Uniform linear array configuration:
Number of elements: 48
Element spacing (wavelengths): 0.75
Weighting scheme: binomial
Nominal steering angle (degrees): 45
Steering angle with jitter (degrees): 43.832
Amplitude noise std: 0.05
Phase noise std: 0.05

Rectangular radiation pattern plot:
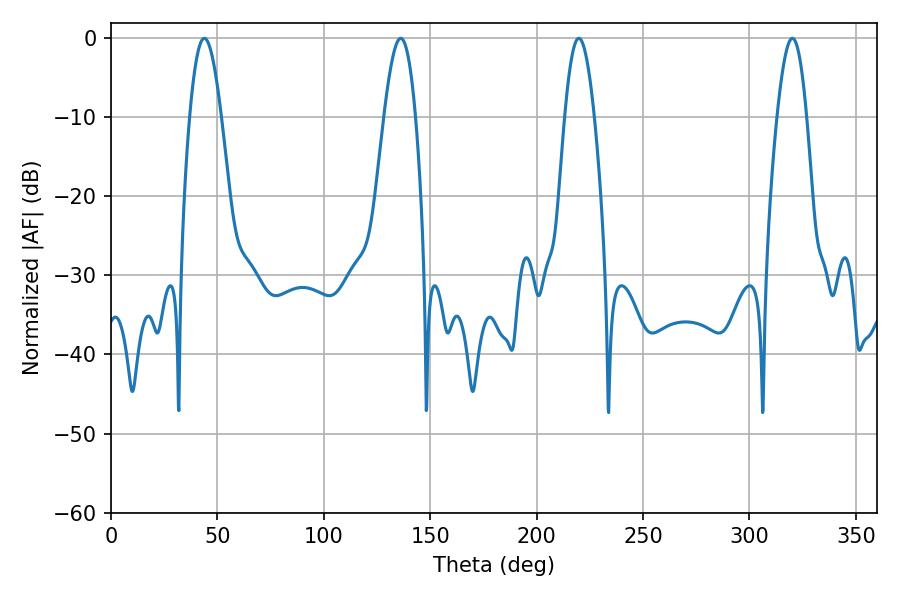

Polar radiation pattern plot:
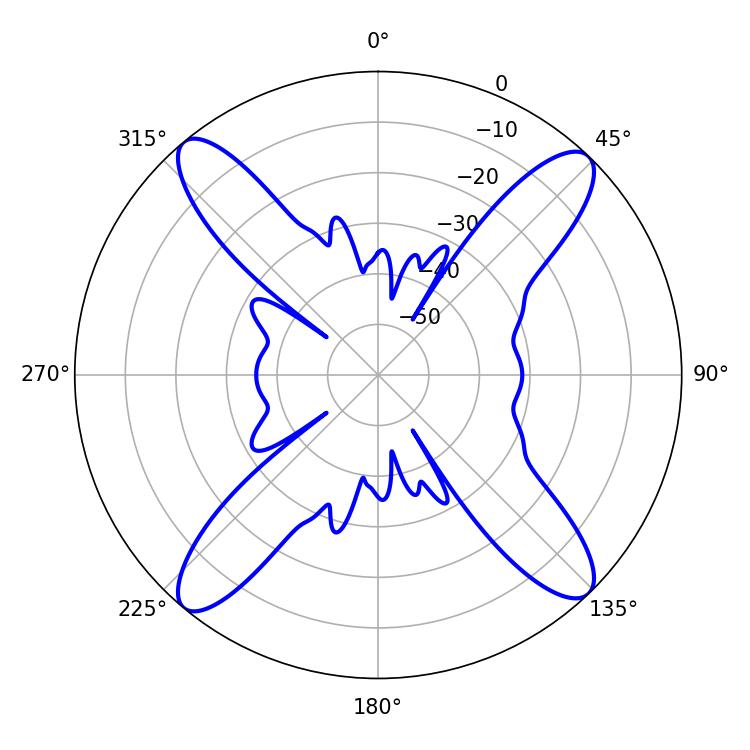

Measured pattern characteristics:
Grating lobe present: TRUE
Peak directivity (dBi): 18.264
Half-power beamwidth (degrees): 7.56
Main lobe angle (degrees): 219.78